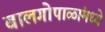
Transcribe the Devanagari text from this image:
बालगोपाळांमध्ये